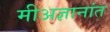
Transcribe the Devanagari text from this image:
मीअज्ञानांत